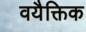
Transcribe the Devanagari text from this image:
वयैक्तिक